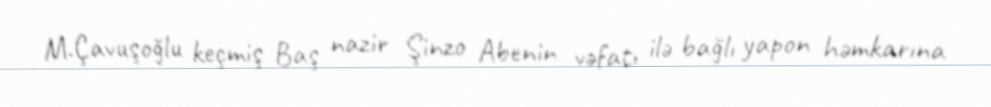
M.Çavuşoğlu keçmiş Baş nazir Şinzo Abenin vəfatı ilə bağlı yapon həmkarına